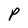
Character: P